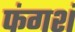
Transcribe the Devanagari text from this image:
फंगशं